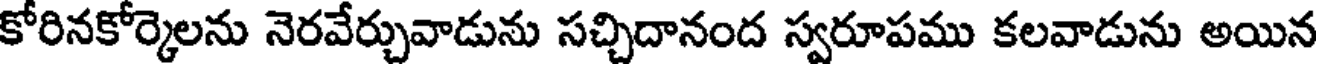
కోరినకోర్కెలను నెరవేర్చువాడును సచ్చిదానంద స్వరూపము కలవాడును అయిన